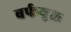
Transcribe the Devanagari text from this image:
बर्फयुक्त